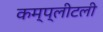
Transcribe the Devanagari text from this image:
कम्प्लीटली